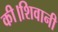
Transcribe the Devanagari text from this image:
की।शिवानी